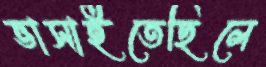
ভাসাইতেছিলে